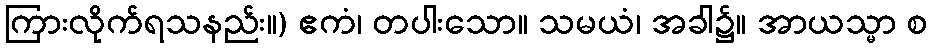
ကြားလိုက်ရသနည်း။) ဧကံ၊ တပါးသော။ သမယံ၊ အခါ၌။ အာယသ္မာ စ